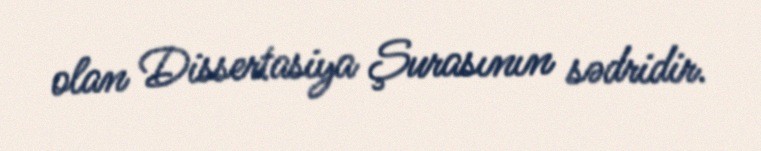
olan Dissertasiya Şurasının sədridir.